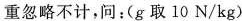
重忽略不计，问：(g取10N/kg)